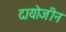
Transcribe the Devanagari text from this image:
दायोजीन